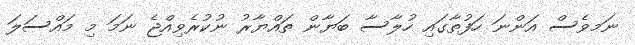
ނަމވެސް އަންނަ ހަފުތާގައި ހުލާސާ ބަޔާން ތައްޔާރު ނުކުރެވިއްޖެ ނަމަ މި މައްސަލަ